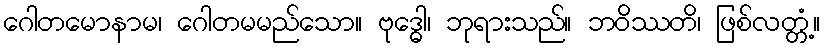
ဂေါတမောနာမ၊ ဂေါတမမည်သော။ ဗုဒ္ဓေါ၊ ဘုရားသည်။ ဘဝိဿတိ၊ ဖြစ်လတ္တံ့။